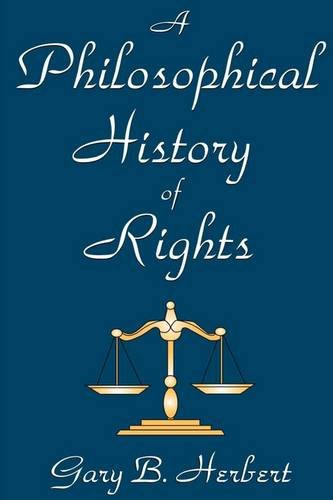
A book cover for A Philosophical History of Rights; Gary B. Herbert; Medical Books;